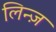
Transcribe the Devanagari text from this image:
लिन्ज़